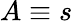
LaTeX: A\equiv s